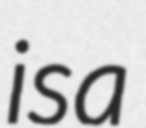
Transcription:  is a